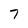
Character: 7